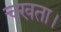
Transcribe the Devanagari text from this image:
चखता।